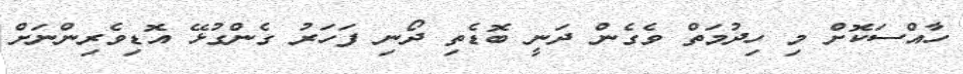
ހާއްސަކޮށް މި ހިދުމަތް ވެގެން ދަނީ ބޮޑެތި ދޯނި ފަހަރު ގެންގުޅޭ އޮޑިވެރިންނަށް